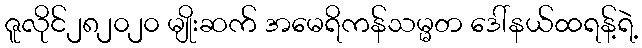
ဇူလိုင်၂၈၂၀၂၀ မျိုးဆက် အမေရိကန်သမ္မတ ဒေါ်နယ်ထရန့်ရဲ့